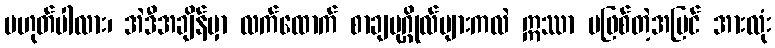
မဟုတ်ပါလား၊ အဲဒီအချိန်မှာ လက်ထောက် စာချပုဂ္ဂိုလ်များကလဲ ဣဿာ မဖြစ်တဲ့အပြင် အားလုံး